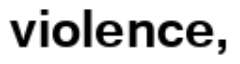
violence,